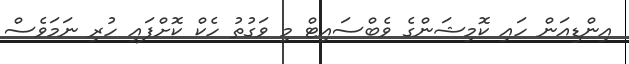
އިންޑިއަން ހައި ކޮމިޝަންގެ ވެބްސައިޓް މި ވަގުތު ހެކް ކޮށްފައި ހުރި ނަމަވެސް